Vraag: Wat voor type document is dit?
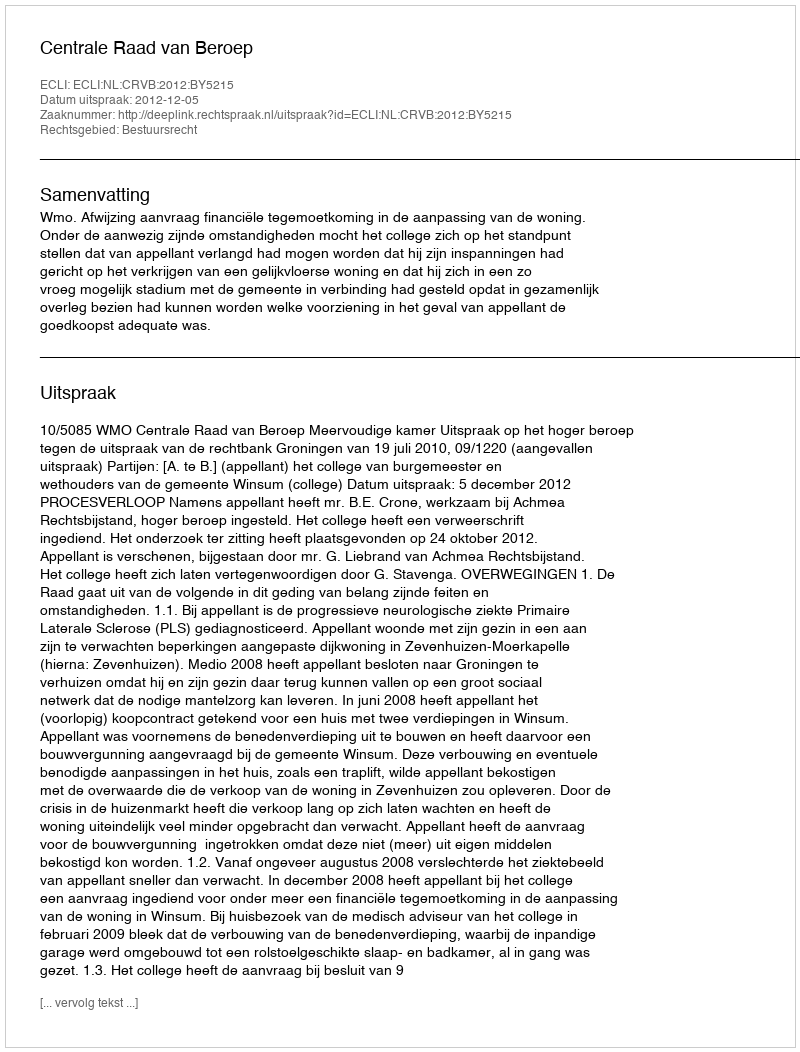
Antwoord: Uitspraak